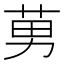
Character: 莮